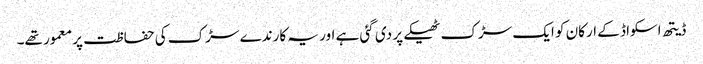
ڈیتھ اسکواڈ کے ارکان کو ایک سڑک ٹھیکے پر دی گئی ہے اور یہ کارندے سڑک کی حفاظت پر معمور تھے۔